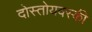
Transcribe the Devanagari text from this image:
दोस्तोयवस्की